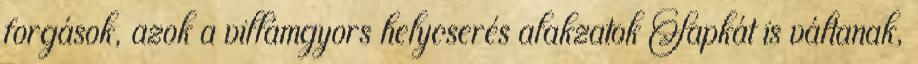
forgások, azok a villámgyors helycserés alakzatok Sapkát is váltanak,